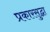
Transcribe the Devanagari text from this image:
प्रकारसुद्घा